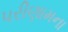
પરીણામના